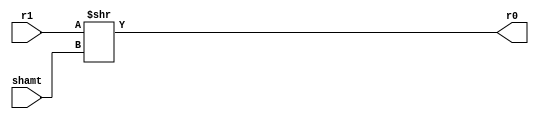
module srl(r0, r1, shamt);
input[31:0] r1, shamt;
output[31:0] r0;

assign r0 = r1 >> shamt;

endmodule